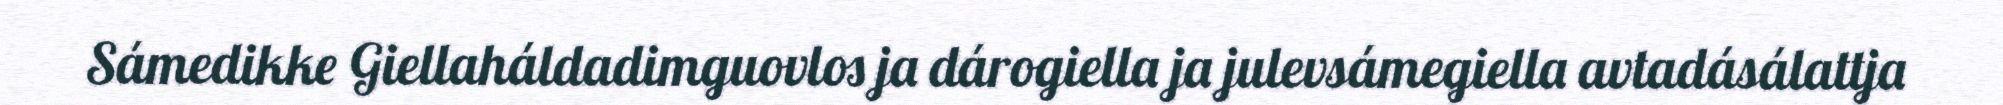
Sámedikke Giellaháldadimguovlos ja dárogiella ja julevsámegiella avtadásálattja